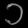
Digit: ၁